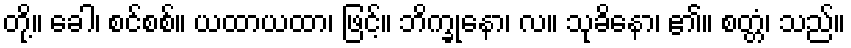
တို့။ ခေါ၊ စင်စစ်။ ယထာယထာ၊ ဖြင့်။ ဘိက္ခုနော၊ လ။ သုခိနော၊ ၏။ စတ္တံ၊ သည်။